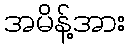
အမိန့်အား